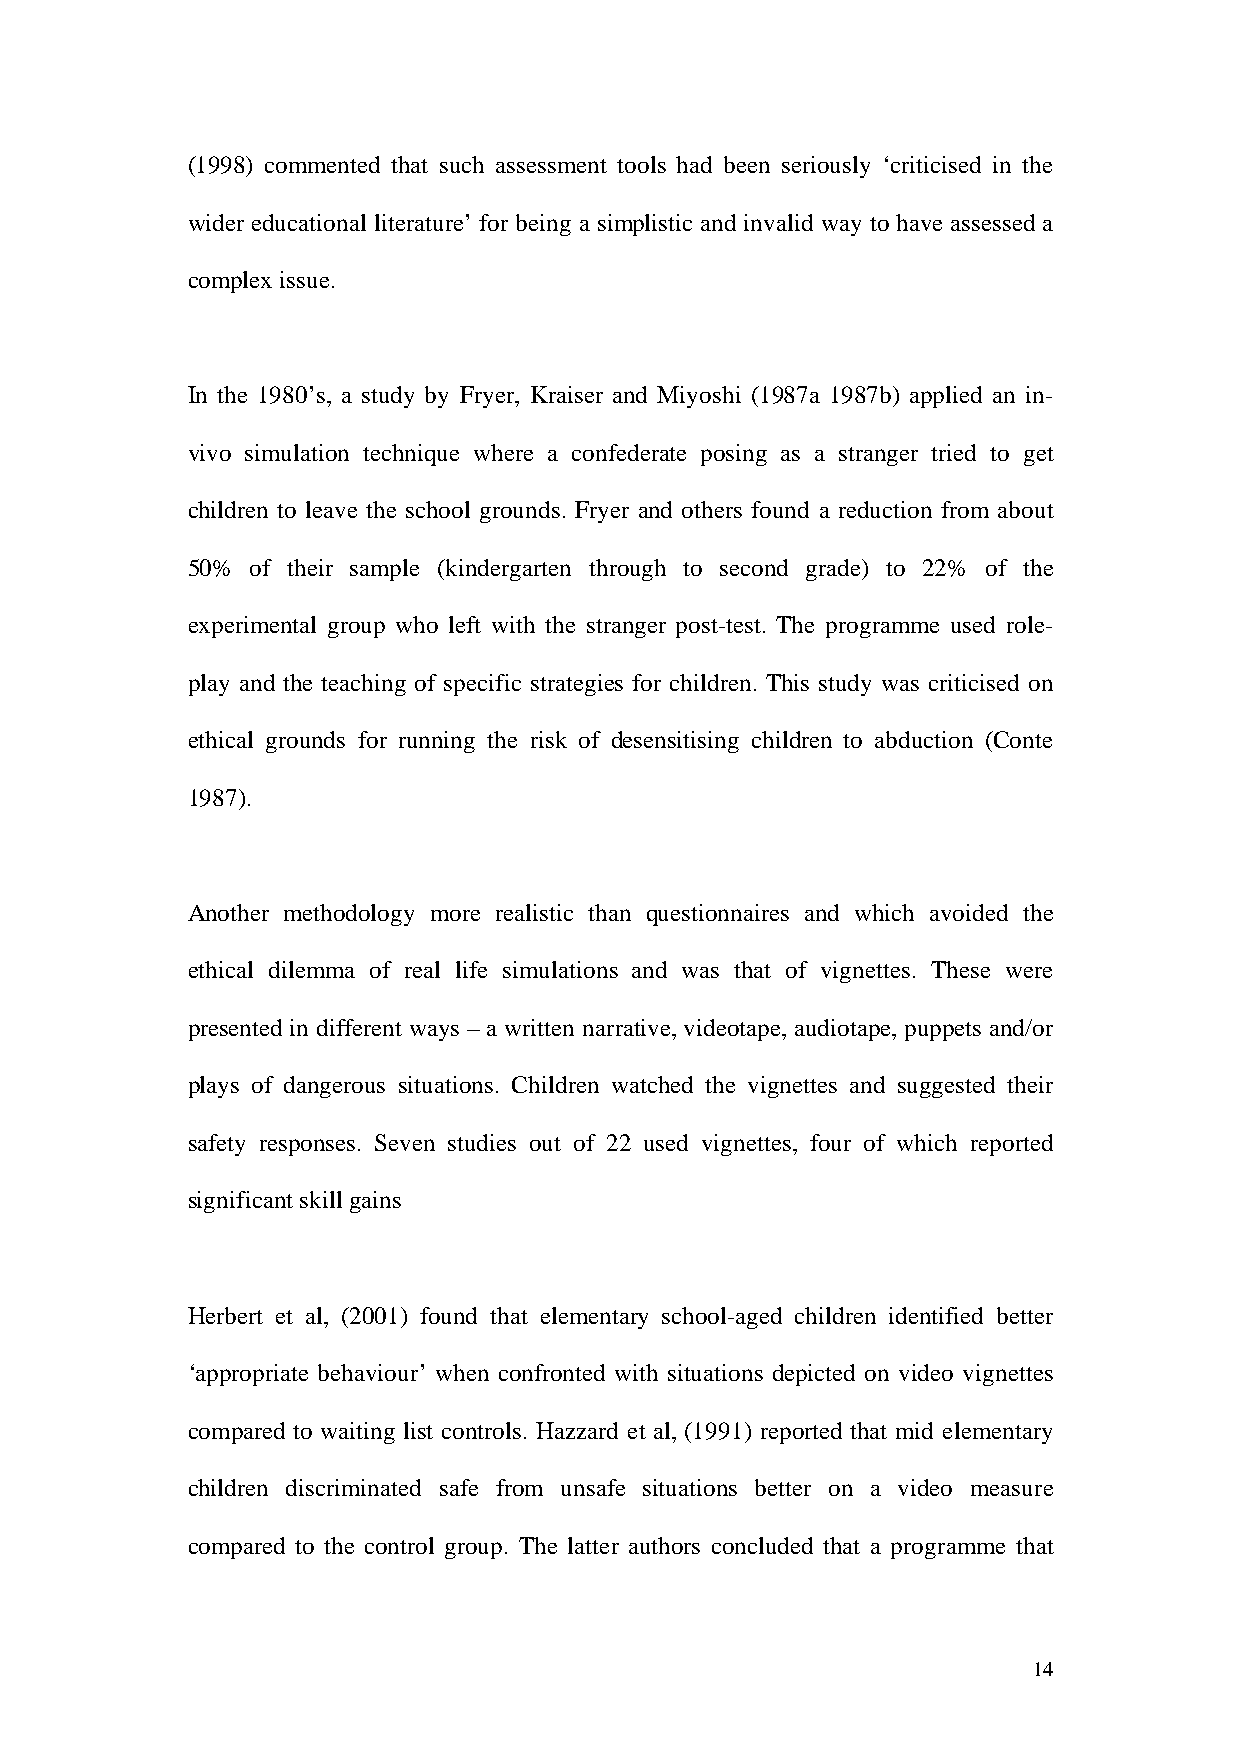
(1998) commented that such assessment tools had been seriously ‘criticised in the
 wider educational literature’ for being a simplistic and invalid way to have assessed a
 complex issue.
 In the 1980’s, a study by Fryer, Kraiser and Miyoshi (1987a 1987b) applied an in-
 vivo simulation technique where a confederate posing as a stranger tried to get
 children to leave the school grounds. Fryer and others found a reduction from about
 50%  of their sample (kindergarten through to second grade) to 22% of the
 experimental group who left with the stranger post-test. The programme used role-
 play and the teaching of specific strategies for children. This study was criticised on
 ethical grounds for running the risk of desensitising children to abduction (Conte
 1987).
 Another methodology more realistic than questionnaires and which avoided the
 ethical dilemma of real life simulations and was that of vignettes. These were
 presented in different ways – a written narrative, videotape, audiotape, puppets and/or
 plays of dangerous situations. Children watched the vignettes and suggested their
 safety responses. Seven studies out of 22 used vignettes, four of which reported
 significant skill gains
 Herbert et al, (2001) found that elementary school-aged children identified better
 ‘appropriate behaviour’ when confronted with situations depicted on video vignettes
 compared to waiting list controls. Hazzard et al, (1991) reported that mid elementary
 children discriminated safe from unsafe situations better on a video measure
 compared to the control group. The latter authors concluded that a programme that
 14